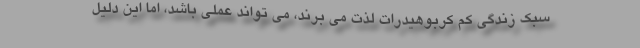
سبک زندگی کم کربوهیدرات لذت می برند، می تواند عملی باشد، اما این دلیل